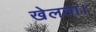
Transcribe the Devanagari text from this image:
खेलता।